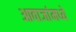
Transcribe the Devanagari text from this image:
आवाजांमध्ये